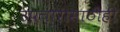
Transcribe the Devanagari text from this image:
उपचारासाठीही